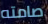
صامته